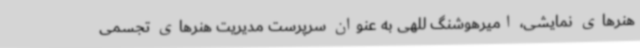
هنرهای نمایشی، امیرهوشنگ للهی به عنوان سرپرست مدیریت هنرهای تجسمی